Lunatic asylums Burma 1907-21 - 1907-1921
Year: 1907
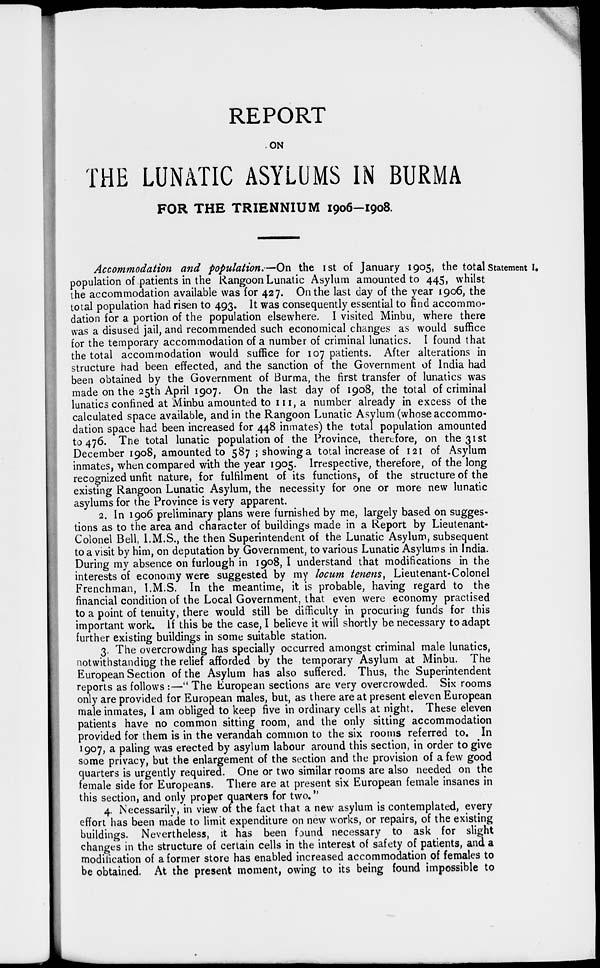
REPORT
ON
THE LUNATIC ASYLUMS IN BURMA
FOR THE TRIENNIUM 1906-1908.
Statement I.
Accommodation and population.—On the 1st of January 1905, the total
population of patients in the Rangoon Lunatic Asylum amounted to 445, whilst
the accommodation available was for 427. On the last day of the year 1906, the
total population had risen to 493. It was consequently essential to find accommo-
dation for a portion of the population elsewhere. I visited Minbu, where there
was a disused jail, and recommended such economical changes as would suffice
for the temporary accommodation of a number of criminal lunatics. I found that
the total accommodation would suffice for 107 patients. After alterations in
structure had been effected, and the sanction of the Government of India had
been obtained by the Government of Burma, the first transfer of lunatics was
made on the 25th April 1907. On the last day of 1908, the total of criminal
lunatics confined at Minbu amounted to 111, a number already in excess of the
calculated space available, and in the Rangoon Lunatic Asylum (whose accommo-
dation space had been increased for 448 inmates) the total population amounted
to 476. The total lunatic population of the Province, therefore, on the 31st
December 1908, amounted to 587 ; showing a total increase of 121 of Asylum
inmates, when compared with the year 1905. Irrespective, therefore, of the long
recognized unfit nature, for fulfilment of its functions, of the structure of the
existing Rangoon Lunatic Asylum, the necessity for one or more new lunatic
asylums for the Province is very apparent.
2. In 1906 preliminary plans were furnished by me, largely based on sugges-
tions as to the area and character of buildings made in a Report by Lieutenant-
Colonel Bell, I.M.S., the then Superintendent of the Lunatic Asylum, subsequent
to a visit by him, on deputation by Government, to various Lunatic Asylums in India.
During my absence on furlough in 1908, I understand that modifications in the
interests of economy were suggested by my locum tenens, Lieutenant-Colonel
Frenchman, I.M.S. In the meantime, it is probable, having regard to the
financial condition of the Local Government, that even were economy practised
to a point of tenuity, there would still be difficulty in procuring funds for this
important work. If this be the case, I believe it will shortly be necessary to adapt
further existing buildings in some suitable station.
3. The overcrowding has specially occurred amongst criminal male lunatics,
notwithstanding the relief afforded by the temporary Asylum at Minbu. The
European Section of the Asylum has also suffered. Thus, the Superintendent
reports as follows :—" The European sections are very overcrowded. Six rooms
only are provided for European males, but, as there are at present eleven European
male inmates, I am obliged to keep five in ordinary cells at night. These eleven
patients have no common sitting room, and the only sitting accommodation
provided for them is in the verandah common to the six rooms referred to. In
1907, a paling was erected by asylum labour around this section, in order to give
some privacy, but the enlargement of the section and the provision of a few good
quarters is urgently required. One or two similar rooms are also needed on the
female side for Europeans. There are at present six European female insanes in
this section, and only proper quarters for two."
4. Necessarily, in view of the fact that a new asylum is contemplated, every
effort has been made to limit expenditure on new works, or repairs, of the existing
buildings. Nevertheless, it has been found necessary to ask for slight
changes in the structure of certain cells in the interest of safety of patients, and a
modification of a former store has enabled increased accommodation of females to
be obtained. At the present moment, owing to its being found impossible to